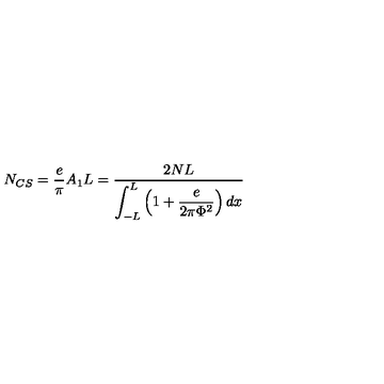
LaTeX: N _ { C S } = \frac { e } { \pi } A _ { 1 } L = \frac { 2 N L } { \displaystyle \int _ { - L } ^ { L } \left( \displaystyle 1 + \frac { e } { 2 \pi \Phi ^ { 2 } } \right) d x }